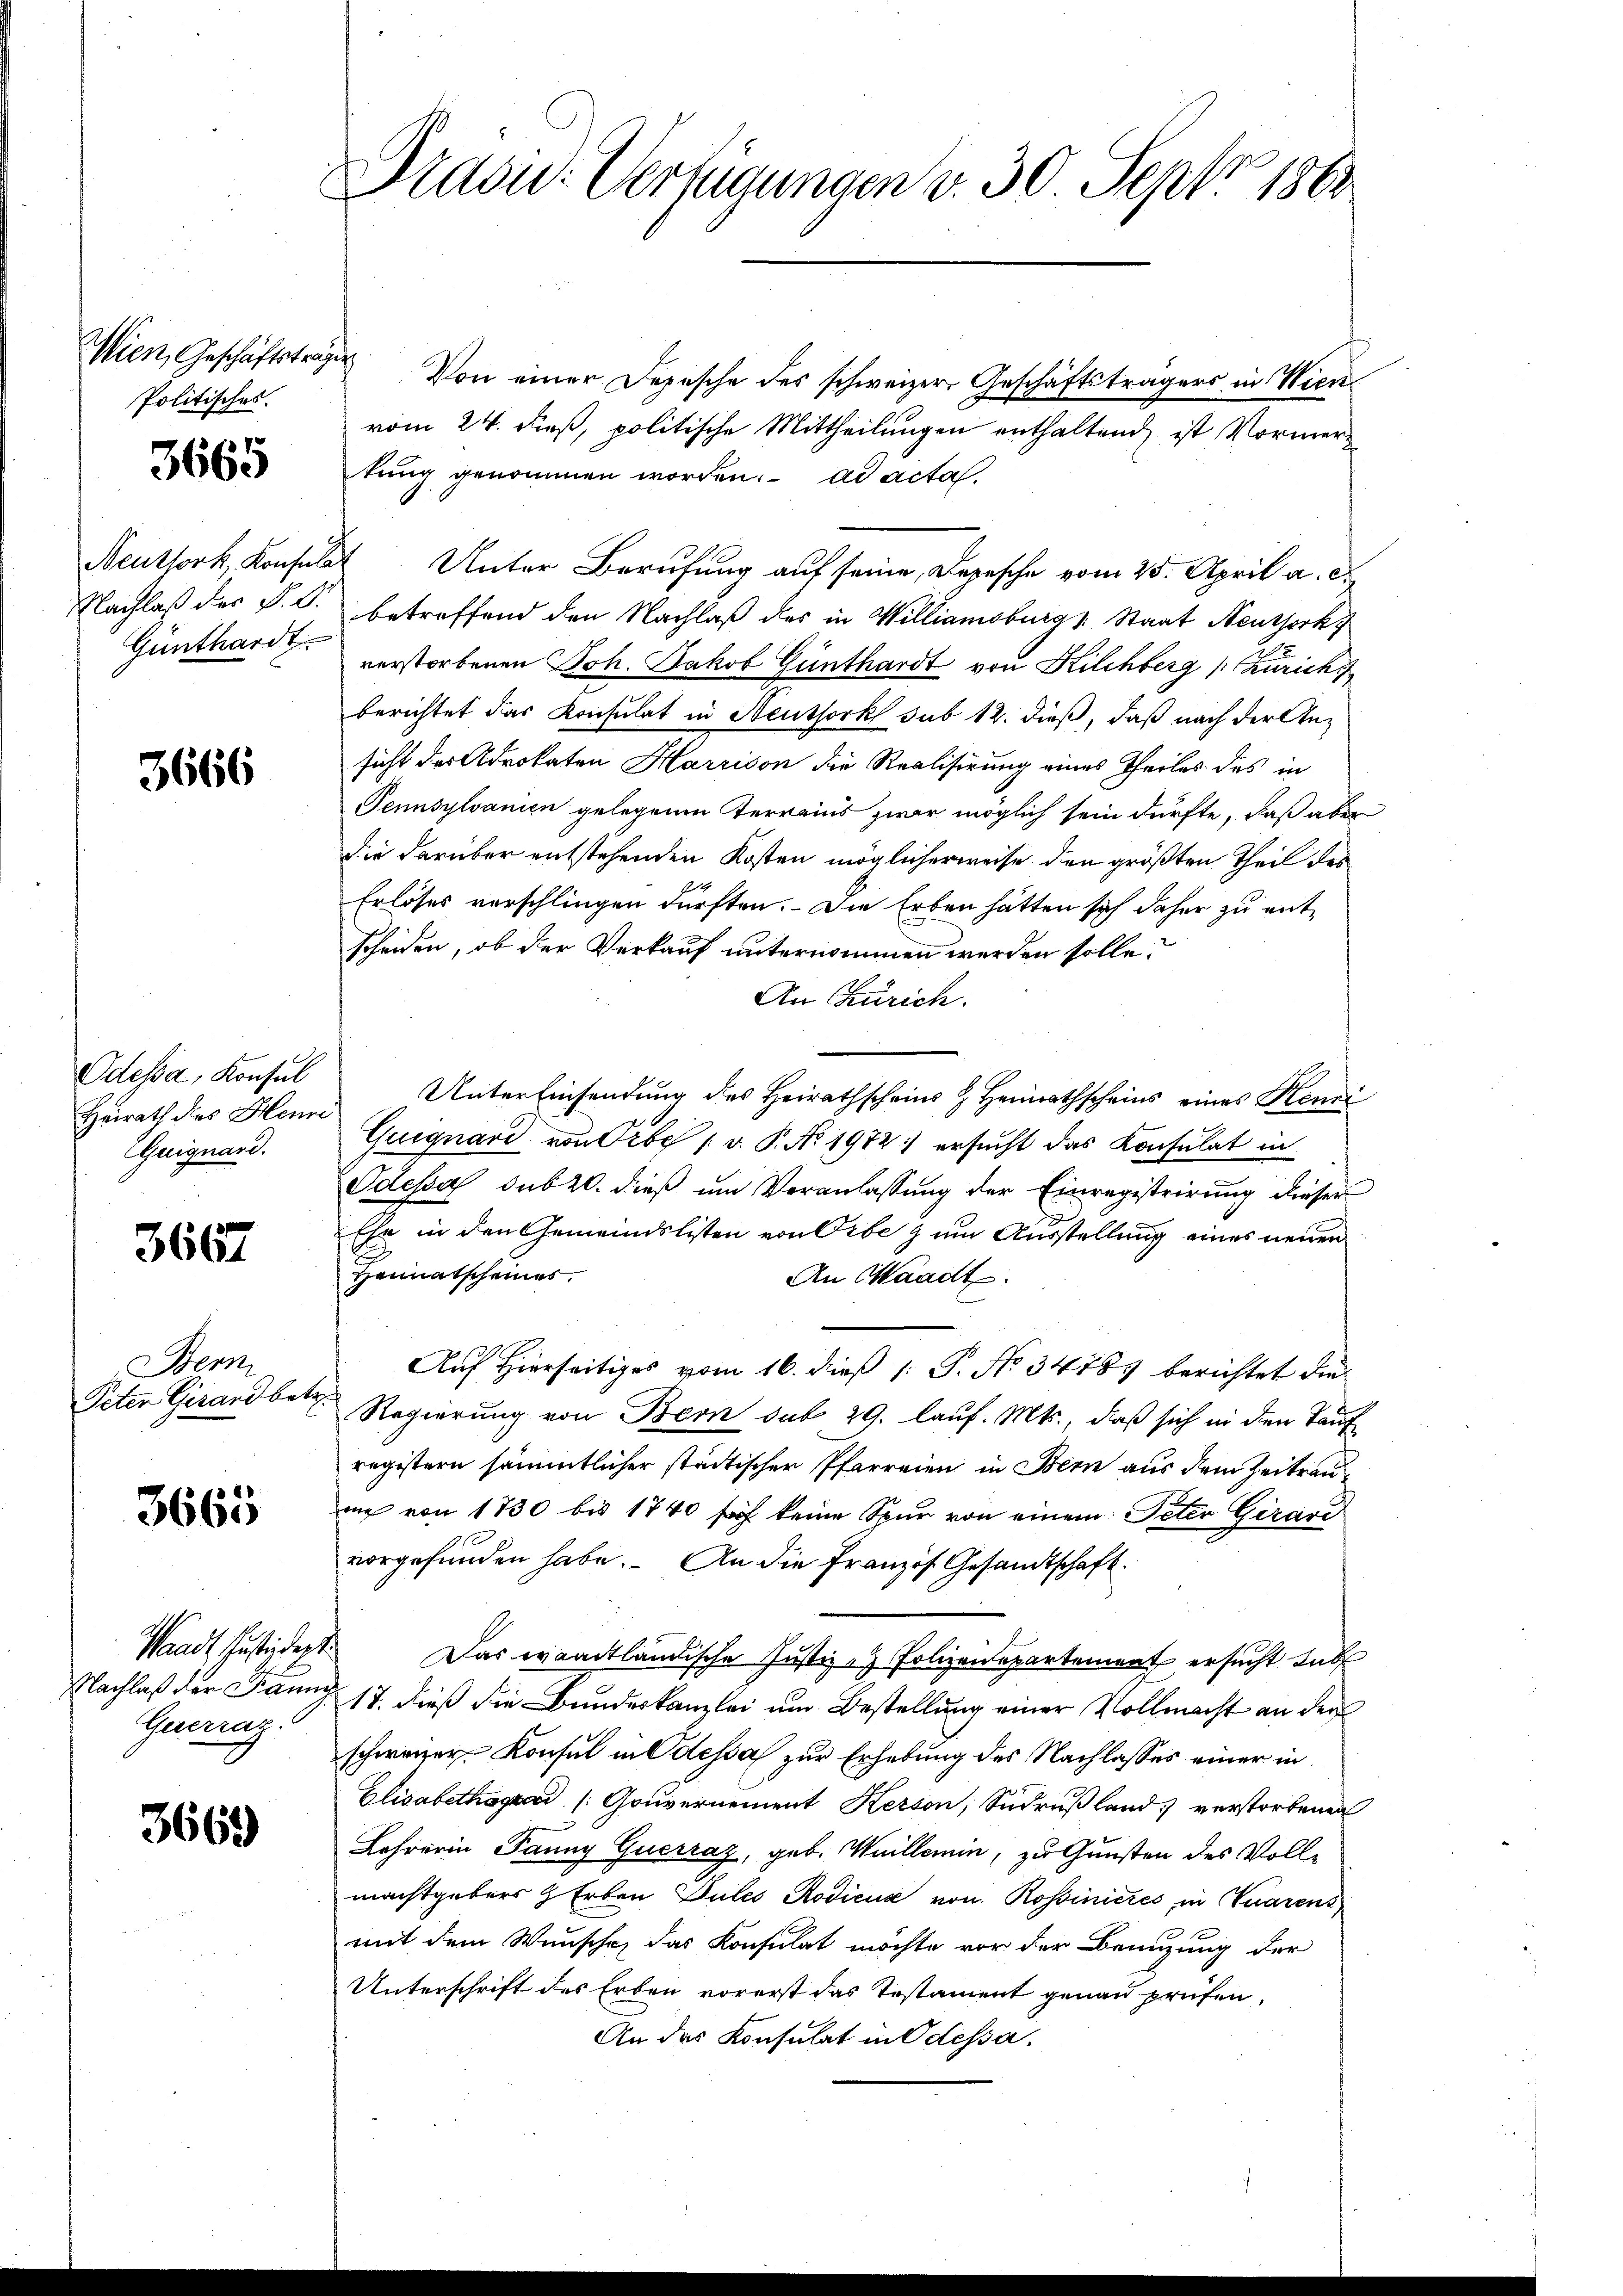
Wien, Geschäftsträg
Politisches.

3665

Neuthork, Konsula
Nachlaß der §. 2.
Günthardt.

3666

Odessa, Konsul
Heirath des Henne
Guignard.

3667

Bern
Peter Girard betr

3665

Waadt, Justizdept.
Nachlaß der Fanny
Guerrat

3669

Präsid.: Verfügungen v. 30. Sept. 1861

Von einer Depesche des schweizer Geschäftsträgers in Wienvom 24. dieß, politische Mittheilungen enthaltend, ist Vormertung genommen worden. ad acta
 Unter Berufung auf seine Depesche vom 25. April a. c.
betreffend den Nachlaß des in Williamsburg u Staat Neuthork
verstorbenen Joh. Jakob Günthardt von Kilchberg (Zürich
berichtet das Konsulat in Neuthork sub 12. dieß, daß nach der Ansicht der Advokaten Harrison die Realisirung eines Theiles des in
Pennsylvanien gelegenen Terrains zwar möglich sein dürfte, daß aber
die darüber entstehenden Kosten möglicherweise den größten Theil des
Erlöses vorschlingen dürften. Die Erben hätten sich daher zu ent¬
Scheiden, ob der Verkauf unternommen werden solle.
An Zürich.
Unter Einsendung des Heirathscheins & Heimathscheins eines Benni¬
Guiguard von Erbe 1 v. P. No 1972 ersucht das Konsulat in
Odessa sub 20. dieß um Veranlassung der Einregistrirung dieser
Ehe in den Gemeindslisten von Sibe zum Ausstellung eines neuen
Heimatscheines
An Waadt.
Auf Hierseitiges vom 16. dieß (: P. No 34783 berichtet die
Regierung von Bern sub 29. lauf. Mts., daß sich in den Tauf
registern sämmtlicher städtischer Pfarreien in Bern aus dem Zeitraum von 1730 bis 1740 ff keine Spur von einem Peter Girard
vorgefunden habe. An die Französ. Gesandtschaft.
Das waadtländische Justiz - Polizeidepartement ersucht hab
17. dieß die Bundeskanzlei um Bestellung einer Vollmacht an der
schweizer Konsul in Odessa zur Erhebung des Nachlasses einer in
Elisabetha Gouvernement Kerson, Sudrußland verstorbenen
Lehrerin Panny Querraz, geb. Weillemin, zu Gunsten des Vollmachtgebers & Erben Pules Rodicus von Rossiniczes, in Tuarens
mit dem Wunsche, das Konsulat möchte vor der Benuzung der
Unterschrift des Erben vorerst das Testament genau prüfen,
An das Konsulat in Odessa.